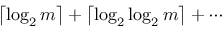
\left\lceil \log _ { 2 } m \right\rceil + \left\lceil \log _ { 2 } \log _ { 2 } m \right\rceil + \cdots